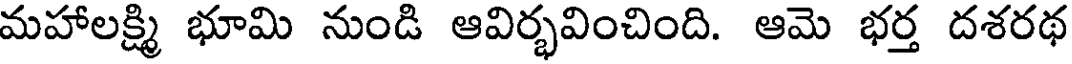
మహాలక్ష్మి భూమి నుండి ఆవిర్భవించింది. ఆమె భర్త దశరథ